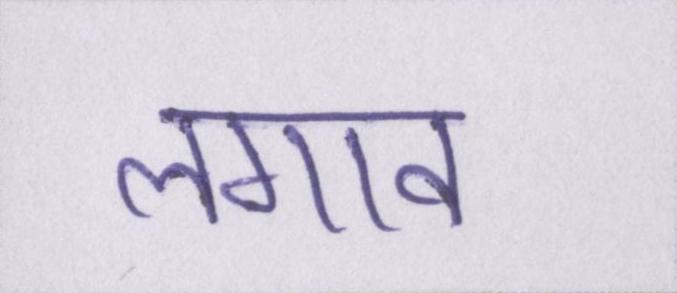
लगाव